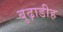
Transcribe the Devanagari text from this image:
बुढ़ाडीह